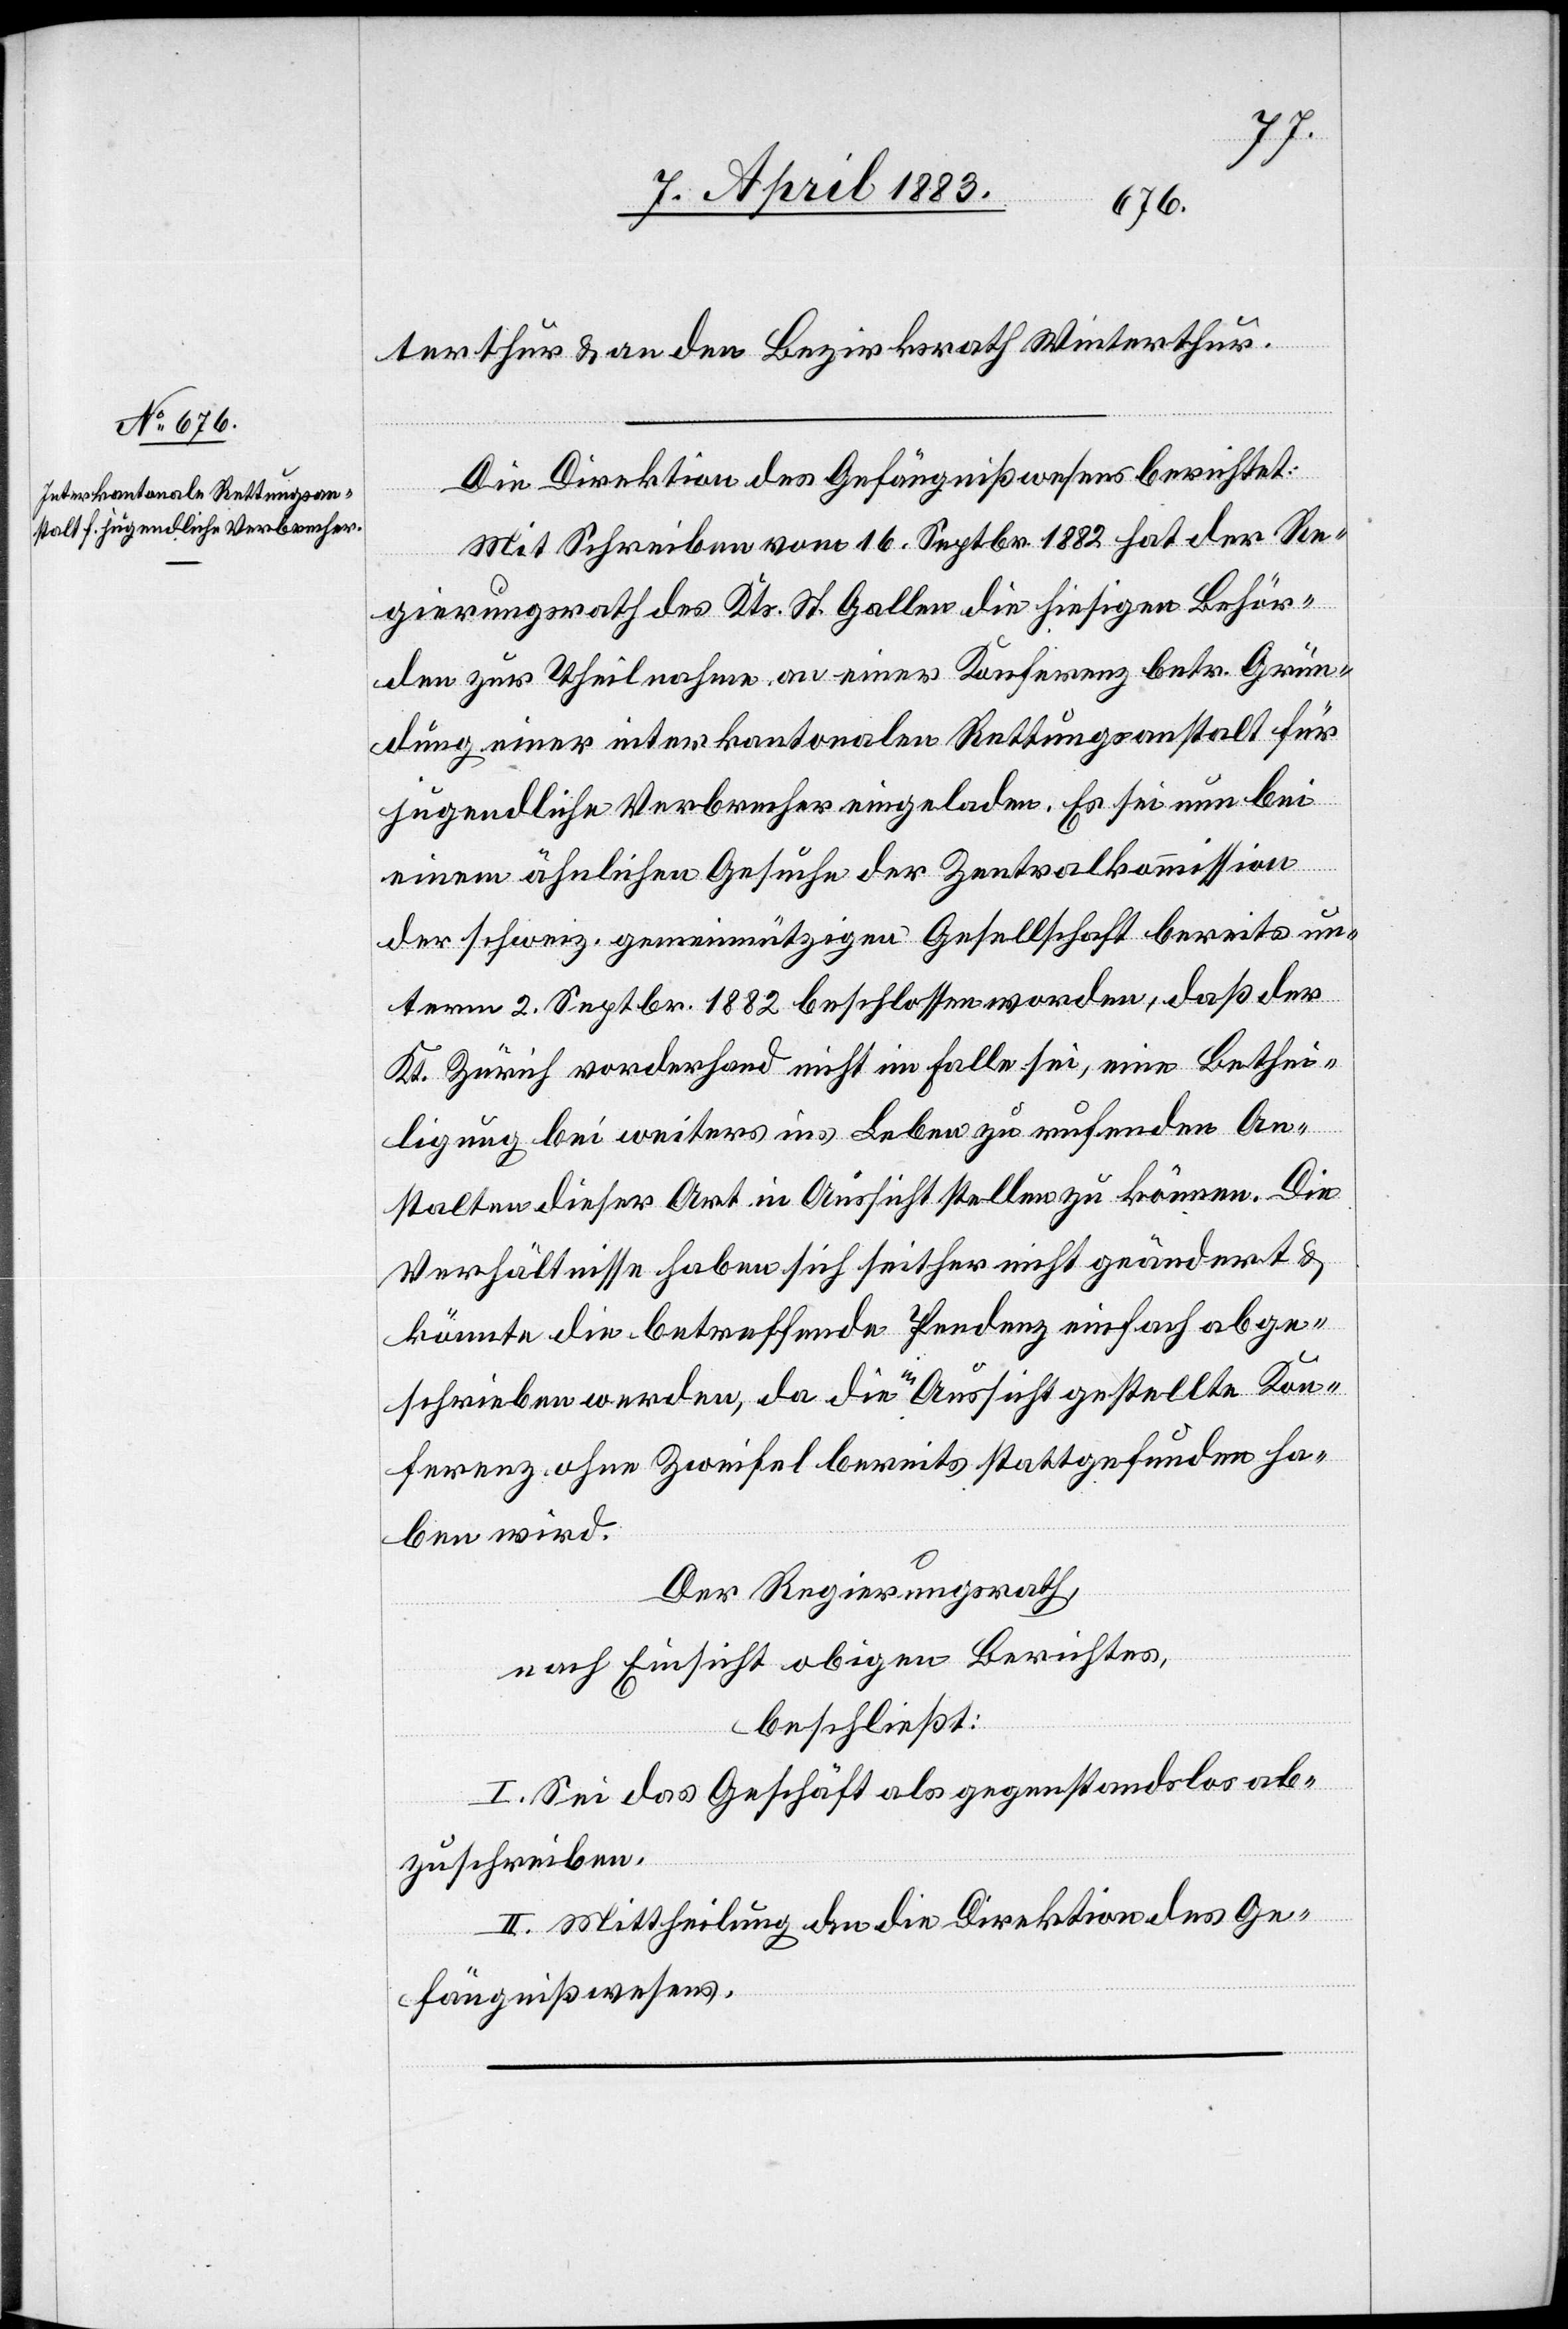
terthur & an den Bezirksrath Winterthur.
Die Direktion des Gefängnißwesens berichtet:
Mit Schreiben vom 16. Septbr. 1882 hat der Re¬
gierungsrath des Kts. St. Gallen die hiesigen Behör¬
den zur Theilnahme an einer Konferenz betr. Grün¬
dung einer interkantonalen Rettungsanstalt für
jugendliche Verbrecher eingeladen. Es sei nun bei
einem ähnlichen Gesuche der Zentralkommission
der schweiz. gemeinnützigen Gesellschaft bereits un¬
term 2. Septbr. 1882 beschlossen worden, daß der
Kt. Zürich vorderhand nicht im Falle sei, eine Bethei¬
ligung bei weiter ins Leben zu rufenden An¬
stalten dieser Art in Aussicht stellen zu können. Die
Verhältnisse haben sich seither nicht geändert &
könnte die betreffende Pendenz einfach abge¬
schrieben werden, da die in Aussicht gestellte Kon¬
ferenz ohne Zweifel bereits stattgefunden ha¬
ben wird.
Der Regierungsrath,
nach Einsicht obigen Berichtes,
beschließt:
I. Sei das Geschäft als gegenstandslos ab¬
zuschreiben.
II. Mittheilung an die Direktion des Ge¬
fängnißwesens.